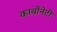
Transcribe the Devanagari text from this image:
कार्बोनेटी